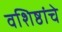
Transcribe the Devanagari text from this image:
वशिष्ठांचे